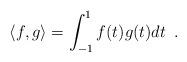
LaTeX: \begin{align*}\langle f, g \rangle = \int_{-1}^{1} f(t) g(t) dt \enspace .\end{align*}